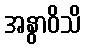
အနွာဝိသိ